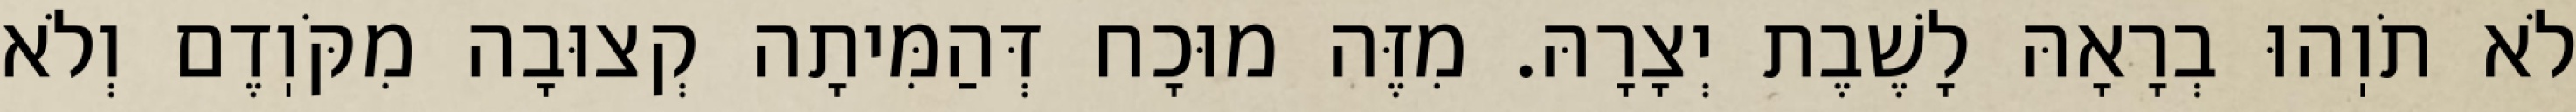
לֹא תֹוֽהוּ בְרָאָהּ לָשֶׁבֶת יְצָרָהּ. מִזֶּה מוּכָח דְּהַמִּיתָה קְצוּבָה מִקֹּוֽדֶם וְלֹא